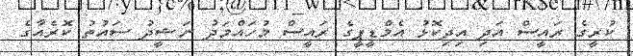
ކުރީގެ ރައީސް އަދި އިދިކޮޅު އެމްޑީޕީގެ ރައީސް މުހައްމަދު ނަޝީދު ސައުތު ކޮރެއާގެ